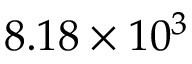
8 . 1 8 \times 1 0 ^ { 3 }